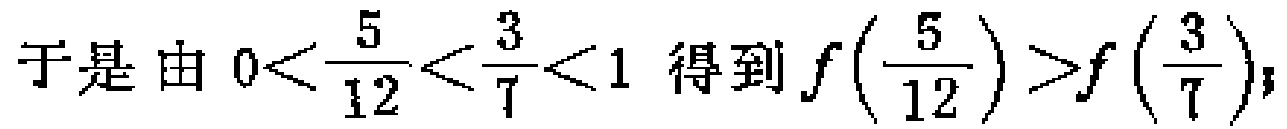
于是由 \(0<\dfrac{5}{12}<\dfrac{3}{7}<1\) 得到 \(f\left(\dfrac{5}{12}\right)>f\left(\dfrac{3}{7}\right)\)；